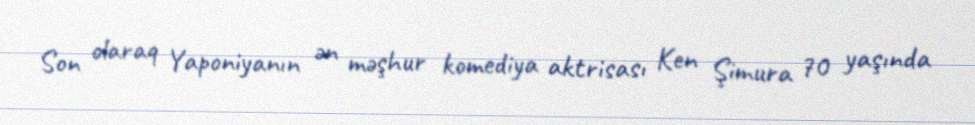
Son olaraq Yaponiyanın ən məşhur komediya aktrisası Ken Şimura 70 yaşında